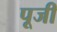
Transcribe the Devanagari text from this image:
पूजीं